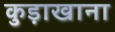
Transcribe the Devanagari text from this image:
कुड़ाखाना